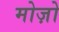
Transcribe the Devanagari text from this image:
मोज़ो